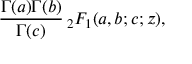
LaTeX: { \frac { \Gamma ( a ) \Gamma ( b ) } { \Gamma ( c ) } } \, _ { 2 } F _ { 1 } ( a , b ; c ; z ) ,